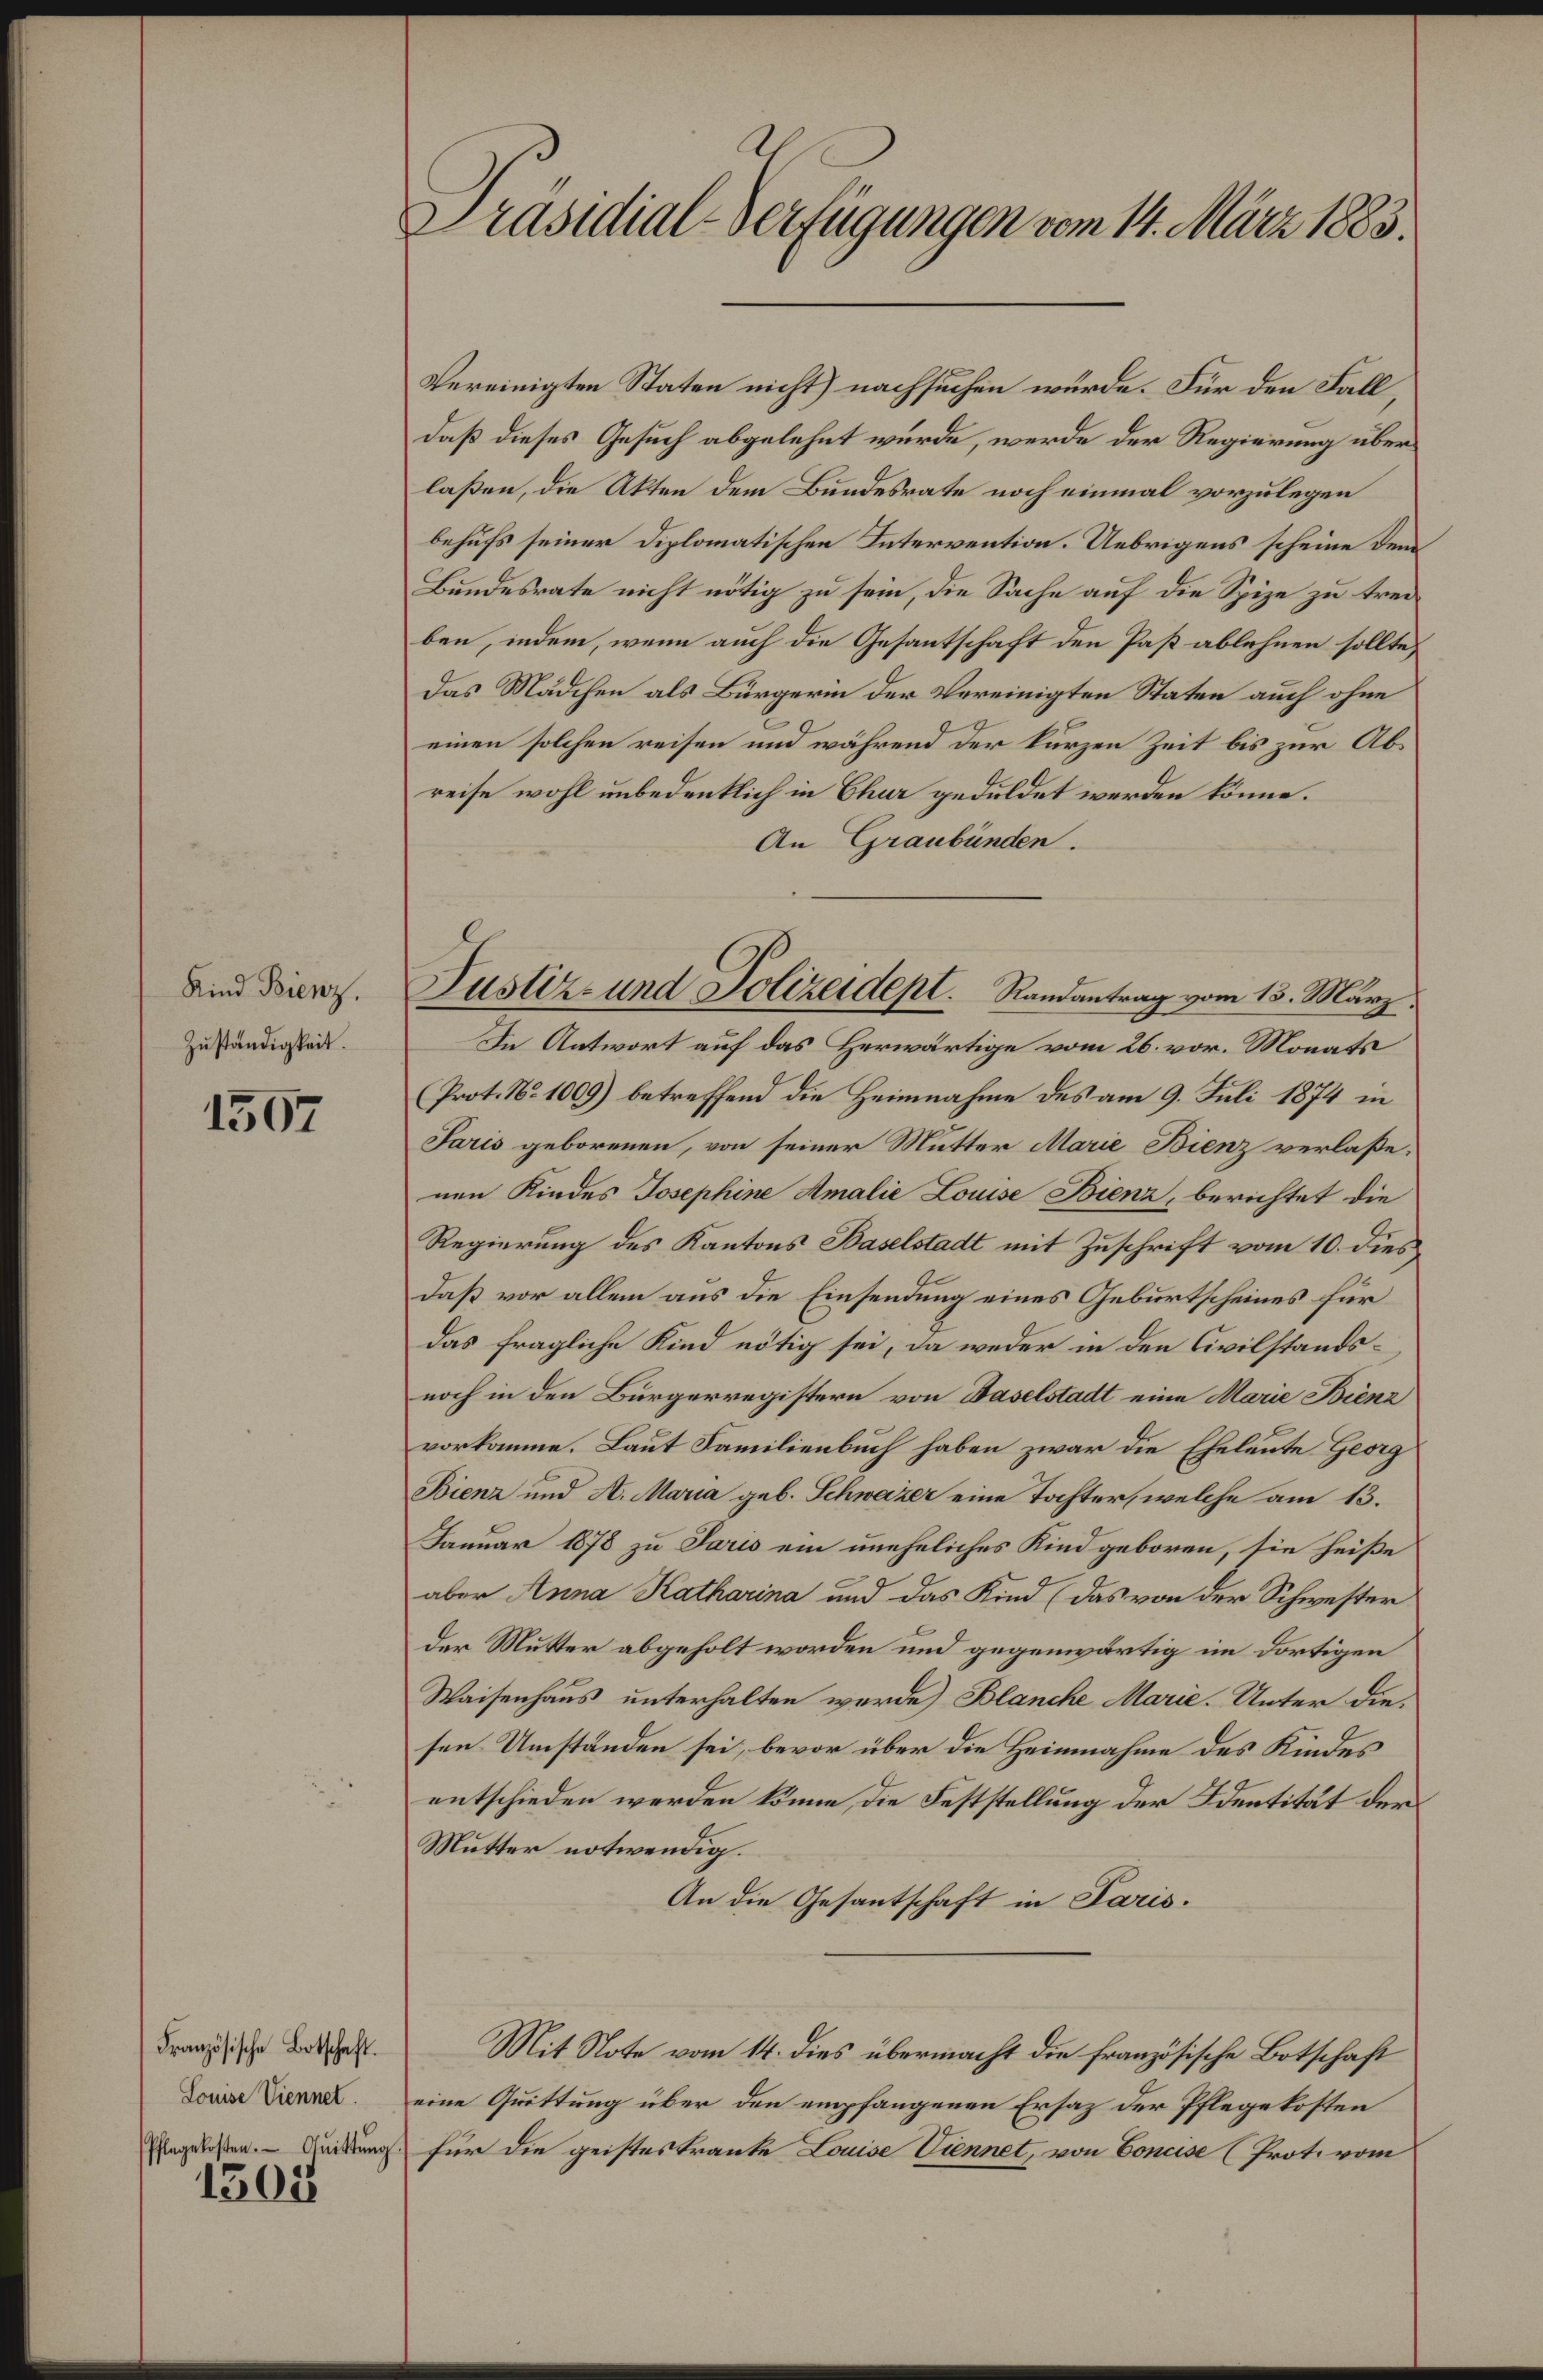
Kind Bienz.
Zuständigkeit.

1507

Französische Botschaft.
Louise Viennet.
Pflegekosten. Quittŭng

1500

Präsidial-Verfügungen vom 14. März 1883.

Vereinigten Staten nicht) nachsuchen würde. Für den Fall,
daß dieses Gesuch abgelehnt würde, werde der Regierung überlaßen, die Akten dem Bundesrate noch einmal vorzulegen
behufs seiner Diplomatischen Intervention. Uebrigens scheine Dem¬
Bundesrate nicht nötig zu sein, die Sache auf die Spize zu treiben, indem, wenn auch die Gesantschaft den Paß ablehnen sollte,
Das Mädchen als Bürgerin der Vereinigten Staten auch ohne
einen solchen reisen und während der kurzen Zeit bis zur Abreise wohl unbedenklich in Chur geduldet werden könne.
An Graubünden.
In Antwort auf das Herwärtige vom 26. vor. Monats
(Prot. No 1009) betreffend die Heimnahme des am 9. Juli 1874 in
Saris geborenen, von seiner Mutter Marie Bienz verlaßenen Kindes Josephine Amalie Louise Bienz, berichtet die
Regierung des Kantons Baselstadt mit Zuschrift vom 10. dies
daß vor allem aus die Einsendung eines Geburtscheines für
das fragliche Kind nötig sei, da weder in den Civilstandsnoch in den Bürgerregistern von Baselstadt eine Marie Bienz
vorkomme. Laut Familienbuch haben zwar die Eheleute Georg
Bienz und A. Maria geb. Schwazer eine Tochter, welche am 13.
Januar 1878 zu Paris ein uneheliches Kind geboren, sie heiße
aber Anna Katharina und das Kind (das von der Schwester
der Mutter abgeholt worden und gegenwärtig im dortigen
Waisenhaus unterhalten wurde) Blanche Marie. Unter diesen Umständen sei, bevor über die Heimnahme des Kindes
entschieden werden könne, die Feststellung der Identität der
Mutter notwendig.
An die Gesantschaft in Paris.
Mit Note vom 14. dies übermacht die französische Botschaft
eine Quittung über den empfangenen Ersaz der Pflegekosten
für die geistes tranke Louise Viennet, von Concise (Prot. vom

Justiz- und Polizeidept. Randantrag vom 15. März.